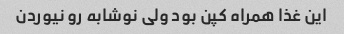
این غذا همراه کپن بود ولی نوشابه رو نیوردن